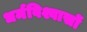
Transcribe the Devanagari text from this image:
धर्मविश्वासों